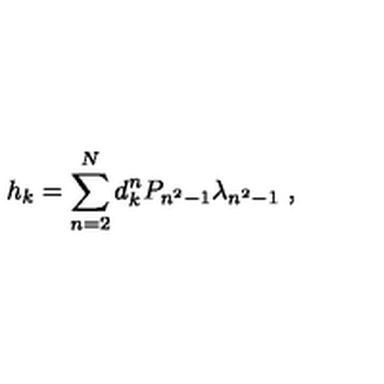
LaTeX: { h } _ { k } = \sum _ { n = 2 } ^ { N } d _ { k } ^ { n } P _ { n ^ { 2 } - 1 } \lambda _ { n ^ { 2 } - 1 } \ ,